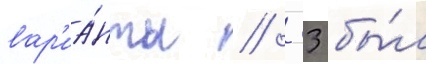
вар'иа́нты // -33 бы́л